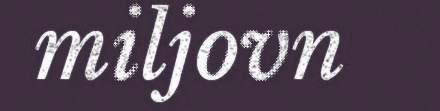
miljovn